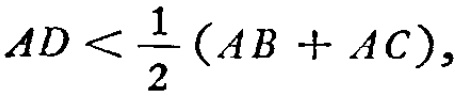
\(AD < \frac{1}{2}(AB + AC),\)